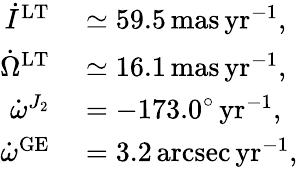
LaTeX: \begin{array}{rl}{\dot{I}^{\mathrm{LT}}}&{{}\simeq 59.5\, \mathrm{mas\, yr}^{-1},}\\ {\dot{\Omega}^{\mathrm{LT}}}&{{}\simeq 16.1\, \mathrm{mas\, yr}^{-1},}\\ {\dot{\omega}^{J_{2}}}&{{}=-173.0^{\circ}\, \mathrm{yr}^{-1},}\\ {\dot{\omega}^{\mathrm{GE}}}&{{}=3.2\, \mathrm{arcsec\, yr}^{-1},}\end{array}